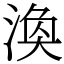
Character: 渙